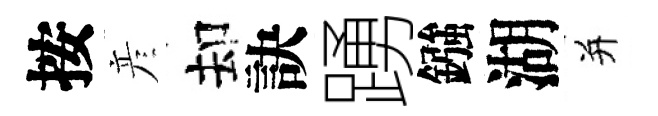
按彦却訣踴鏹湖并